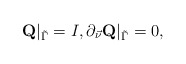
\begin{align*}\mbox{\bf Q}\vert_{\tilde \Gamma}=I,\partial_{\vec \nu}\mbox{\bf Q}\vert_{\tilde \Gamma}=0,\end{align*}